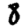
Digit: 8